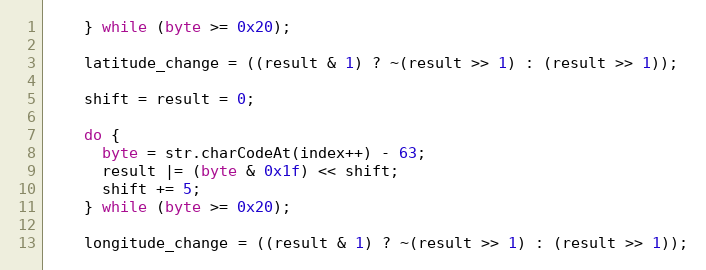
Language: JavaScript
    } while (byte >= 0x20);

    latitude_change = ((result & 1) ? ~(result >> 1) : (result >> 1));

    shift = result = 0;

    do {
      byte = str.charCodeAt(index++) - 63;
      result |= (byte & 0x1f) << shift;
      shift += 5;
    } while (byte >= 0x20);

    longitude_change = ((result & 1) ? ~(result >> 1) : (result >> 1));